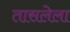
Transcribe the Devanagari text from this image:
तासलेला